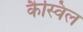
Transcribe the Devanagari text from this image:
कैस्विल